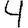
Digit: 4